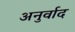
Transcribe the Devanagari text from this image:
अनुर्वाद